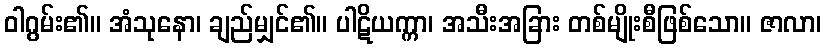
ဝါဂွမ်း၏။ အံသုနော၊ ချည်မျှင်၏။ ပါဋိယက္ကာ၊ အသီးအခြား တစ်မျိုးစီဖြစ်သော။ ဇာလာ၊